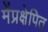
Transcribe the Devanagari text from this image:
मेंप्रक्षेपित